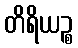
တိရိယဉ္စ